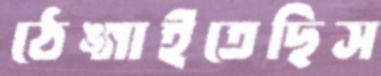
ঠেঙ্গাইতেছিস